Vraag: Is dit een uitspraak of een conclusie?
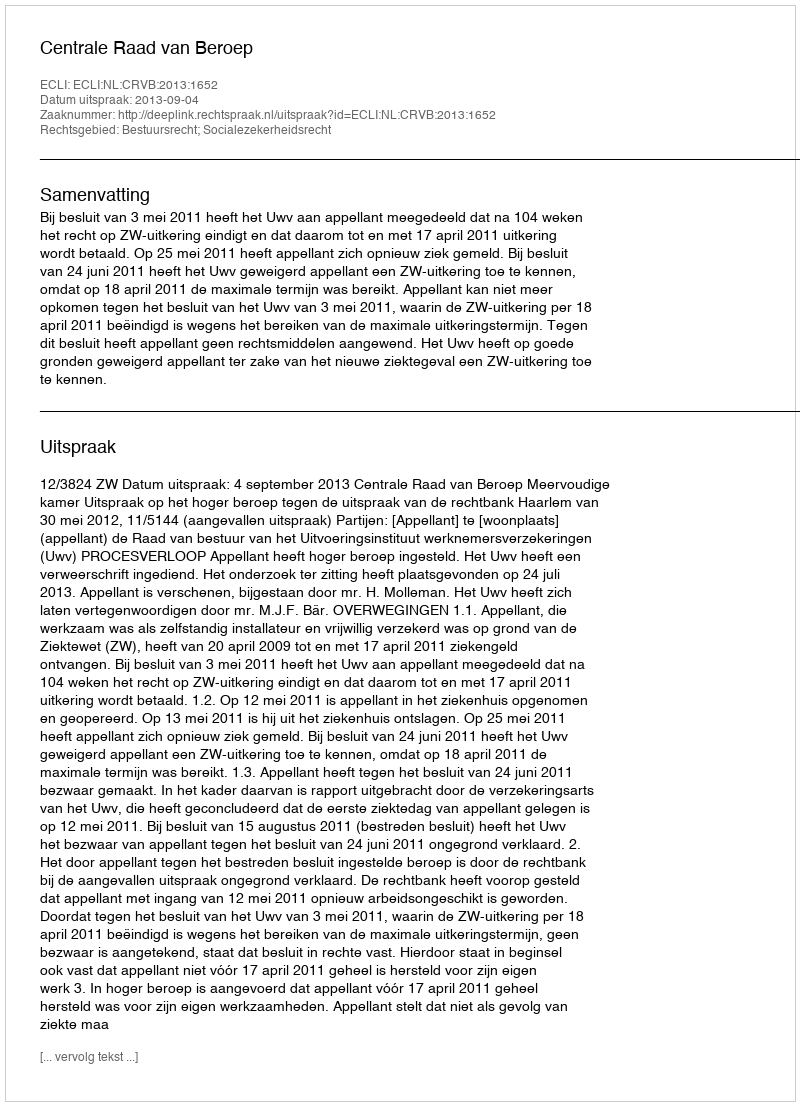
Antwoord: Uitspraak